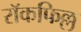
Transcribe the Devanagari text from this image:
रॉकफिल्ल